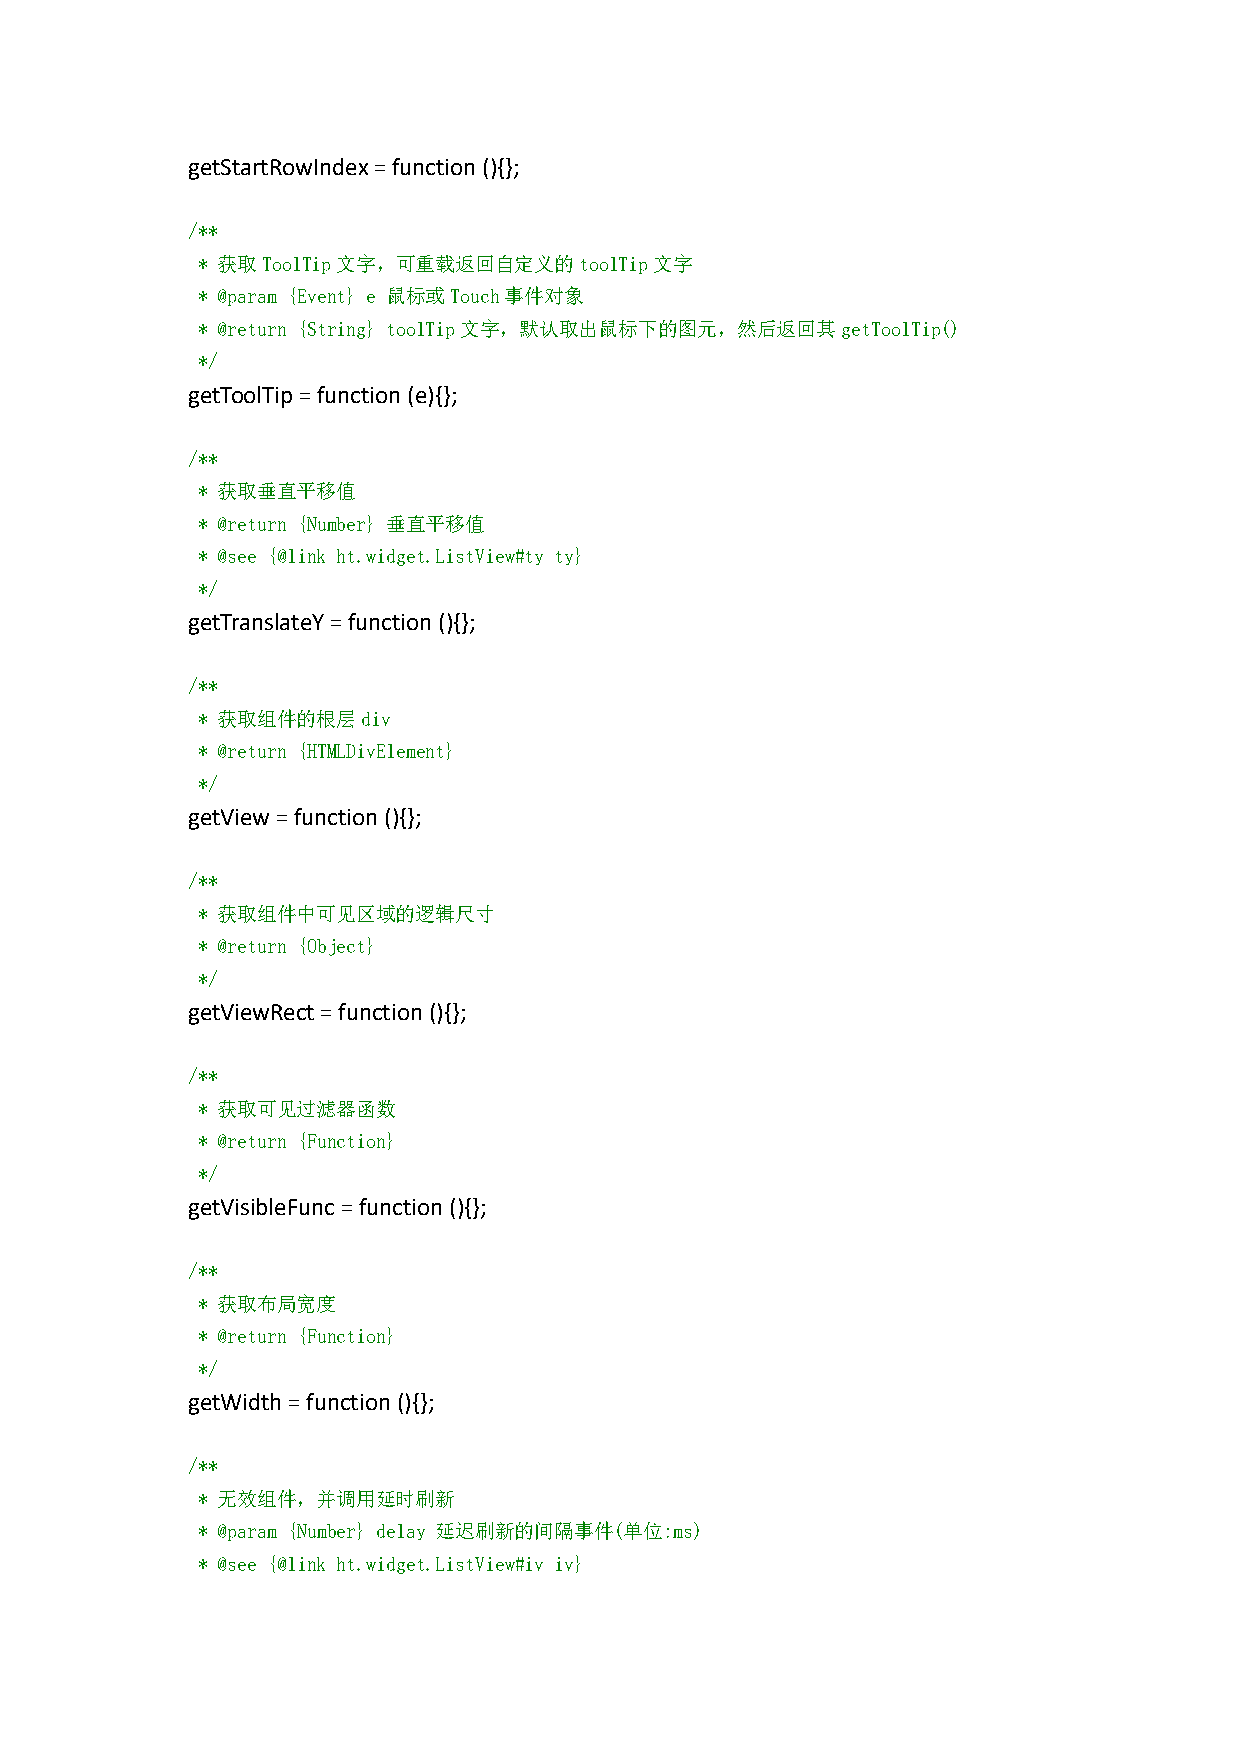
getStartRowIndex=function(){};
 /**
 * 获取ToolTip文字，可重载返回自定义的toolTip文字
 * @param {Event} e 鼠标或Touch事件对象
 * @return {String} toolTip文字，默认取出鼠标下的图元，然后返回其getToolTip()
 */
 getToolTip=function(e){};
 /**
 * 获取垂直平移值
 * @return {Number} 垂直平移值
 * @see {@link ht.widget.ListView#ty ty}
 */
 getTranslateY=function(){};
 /**
 * 获取组件的根层div
 * @return {HTMLDivElement}
 */
 getView=function(){};
 /**
 * 获取组件中可见区域的逻辑尺寸
 * @return {Object}
 */
 getViewRect=function(){};
 /**
 * 获取可见过滤器函数
 * @return {Function}
 */
 getVisibleFunc=function(){};
 /**
 * 获取布局宽度
 * @return {Function}
 */
 getWidth=function(){};
 /**
 * 无效组件，并调用延时刷新
 * @param {Number} delay 延迟刷新的间隔事件(单位:ms)
 * @see {@link ht.widget.ListView#iv iv}